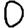
Digit: 0